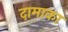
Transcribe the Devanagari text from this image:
दामाका